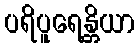
ပရိပူရေန္တိယာ